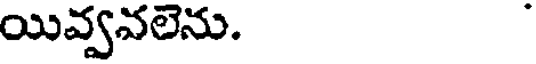
యివ్వవలెను. -